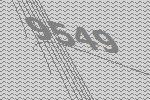
9549